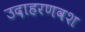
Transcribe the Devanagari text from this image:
उदाहरणवश